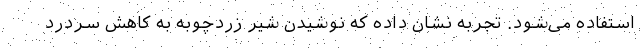
استفاده می‌شود. تجربه نشان داده که نوشیدن شیر زردچوبه به کاهش سردرد